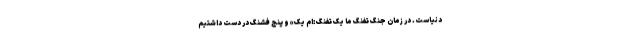
دنیاست. در زمان جنگ تفنگ ما یک تفنگ :ام یک» و پنج فشنگ در دست داشتیم